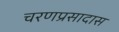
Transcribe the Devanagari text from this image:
चरणप्रसादास